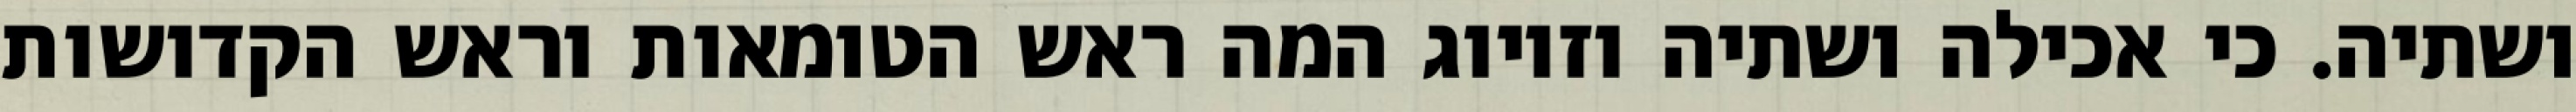
ושתיה. כי אכילה ושתיה וזיווג המה ראש הטומאות וראש הקדושות